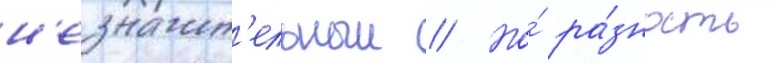
н'езначит'ельныи // Но́ ра́зность